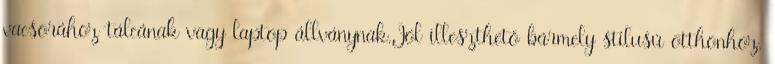
vacsorához tálcának vagy laptop állványnak.Jól illeszthető bármely stílusú otthonhoz,